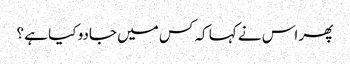
پھر اس نے کہا کہ کس میں جادو کیا ہے ؟